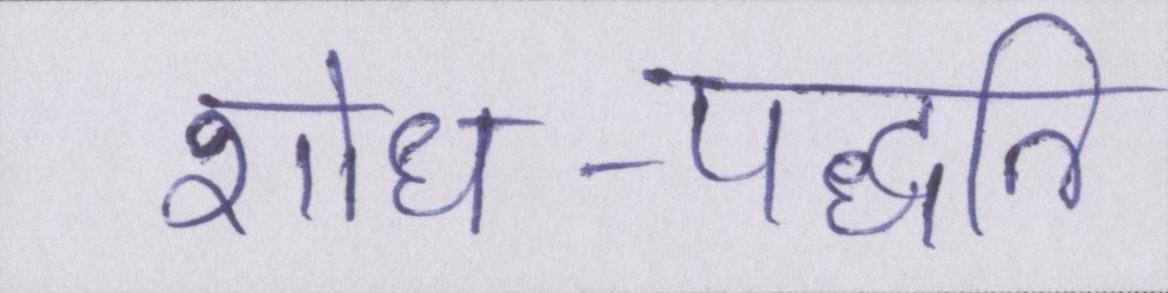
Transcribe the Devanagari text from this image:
शोध-पद्धति